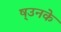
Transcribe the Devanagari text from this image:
ष्उनके